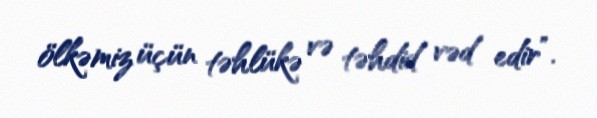
ölkəmiz üçün təhlükə və təhdid vəd edir”.